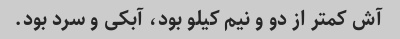
آش کمتر از دو و نیم کیلو بود، آبکی و سرد بود.